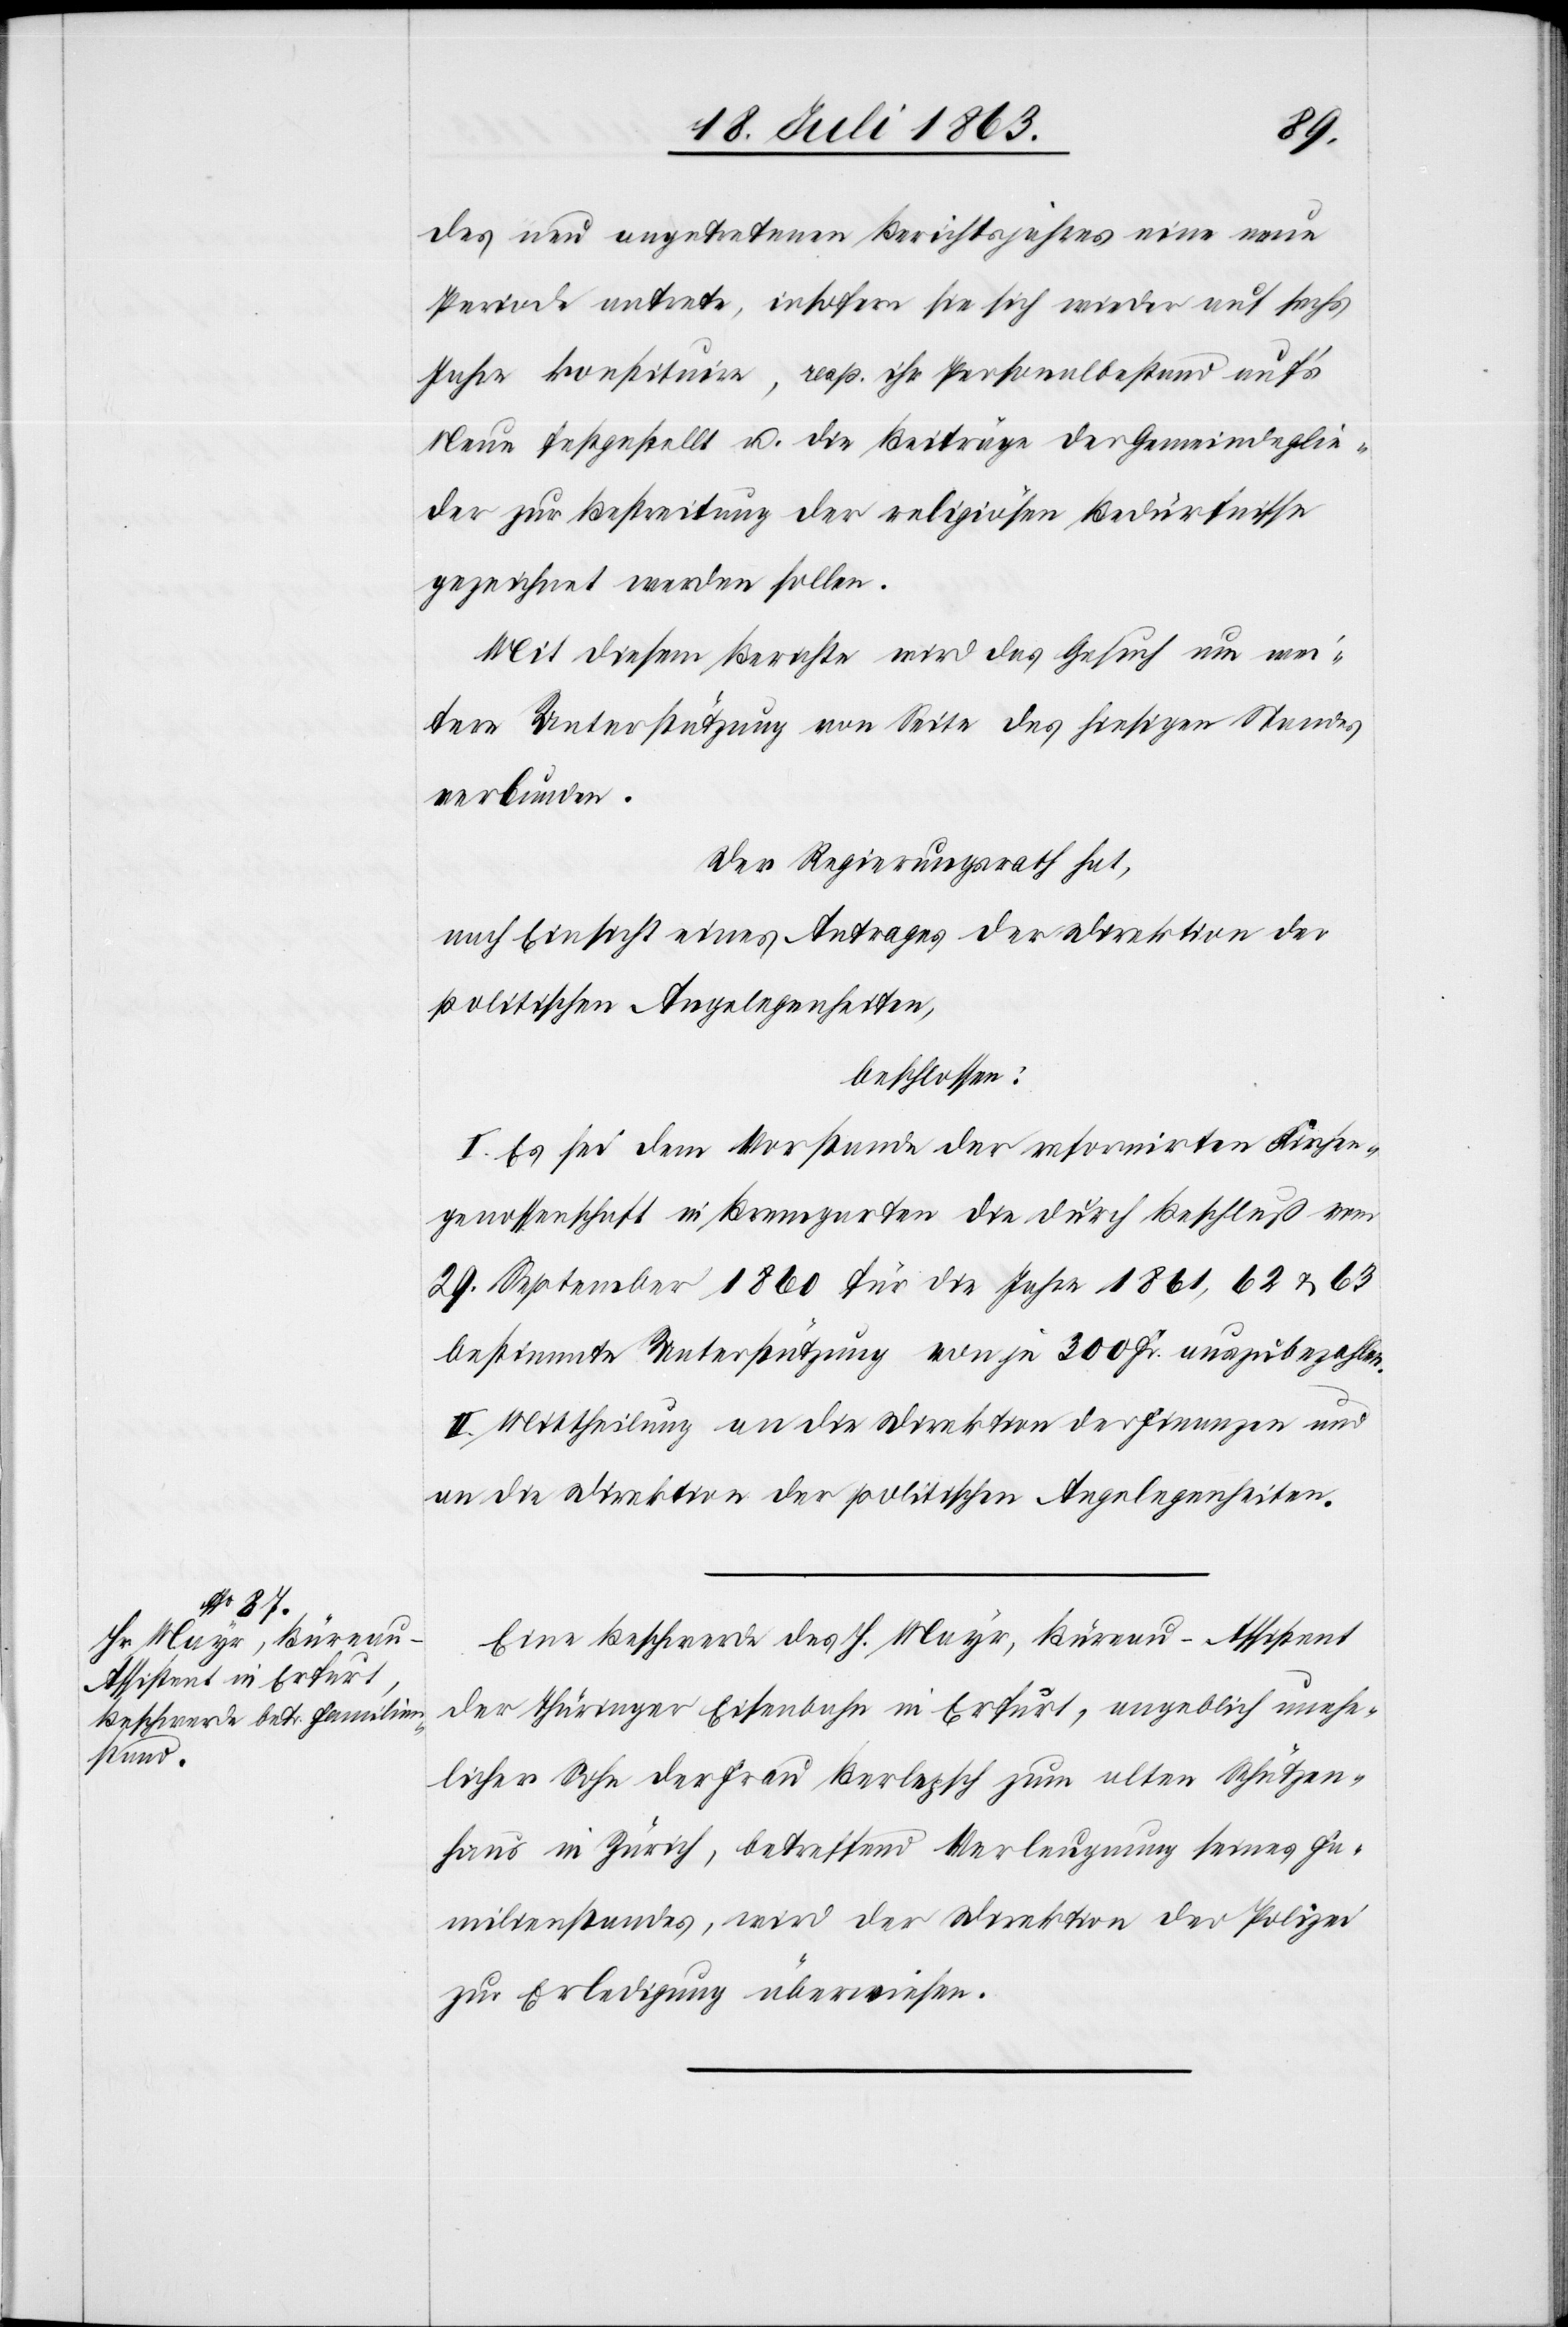
des neu angetretenen Berichtsjahres eine neue
Periode antrete, insofern sie sich wieder auf sechs
Jahre konstituire, resp. ihr Personalbestand auf's
Neue festgestellt u. die Beiträge der Gemeindeglie¬
der zur Bestreitung der religiösen Bedürfnisse
gezeichnet werden sollen.
Mit diesem Berichte wird das Gesuch um wei¬
tere Unterstützung von Seite des hiesigen Standes
verbunden.
Der Regierungsrath hat,
nach Einsicht eines Antrages der Direktion der
politischen Angelegenheiten,
beschlossen:
I. Es sei dem Vorstande der reformirten Kirchen¬
genossenschaft in Bremgarten die durch Beschluß vom
29. September 1860 für die Jahre 1861, 62 & 63
bestimmte Unterstützung von je 300 Fr. auszubezahlen.
II. Mittheilung an die Direktion der Finanzen und
an die Direktion der politischen Angelegenheiten.
Eine Beschwerde des H. Mayr, Büreau-Assistent
der Thüringer Eisenbahn in Erfurt, angeblich unehe¬
licher Sohn der Frau Berlepsch zum alten Schützen¬
haus in Zürich, betreffend Verleugnung seines Fa¬
milienstandes, wird der Direktion der Polizei
zur Erledigung überwiesen.